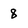
Character: 8